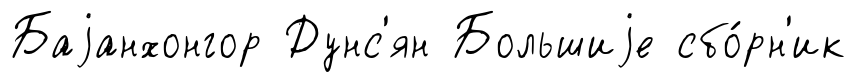
Баjанхонгор Дунс'ян Большиjе сбо́рн'ик